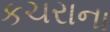
કચરાના